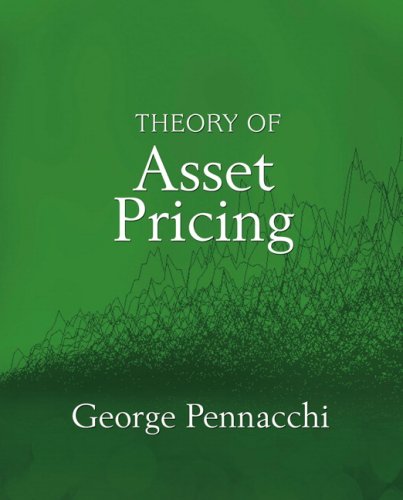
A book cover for Theory of Asset Pricing; George Pennacchi; Business & Money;